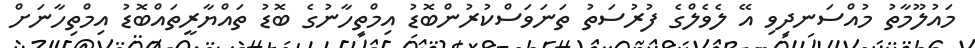
މައުލޫމާތު މުއްސަނދިވި އޭ ލެވެލްގެ ފުރުސަތު ތަނަވަސްކުރުންބޮޑު އިމްތިހާނުގެ ބޮޑު ތައްޔާރީތައްބޮޑު އިމްތިހާނަށް